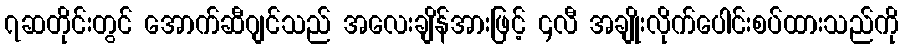
၇ဆတိုင်းတွင် အောက်ဆီဂျင်သည် အလေးချိန်အားဖြင့် ၄လီ အချိုးလိုက်ပေါင်းစပ်ထားသည်ကို